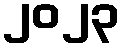
၂၀၂၃